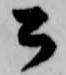
公